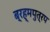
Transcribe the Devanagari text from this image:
ब्रह्मपुत्रप